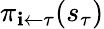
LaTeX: \pi_{\mathbf{i}\leftarrow\tau}(s_{\tau})